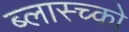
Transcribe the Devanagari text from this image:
ब्लास्च्को